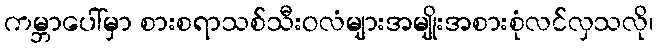
ကမ္ဘာပေါ်မှာ စားစရာသစ်သီးဝလံများအမျိုးအစားစုံလင်လှသလို၊